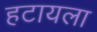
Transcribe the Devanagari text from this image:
हटायला